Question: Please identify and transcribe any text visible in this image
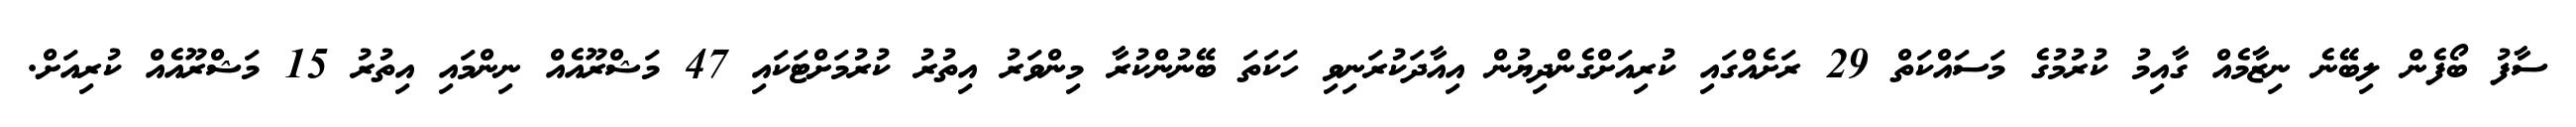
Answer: ސާފު ބޯފެން ލިބޭނެ ނިޒާމެއް ގާއިމު ކުރުމުގެ މަސައްކަތް 29 ރަށެއްގައި ކުރިއަށްގެންދިޔުން އިއާދަކުރަނިވި ހަކަތަ ބޭނުންކުރާ މިންވަރު އިތުރު ކުރުމަށްޓަކައި 47 މަޝްރޫއެއް ނިންމައި އިތުރު 15 މަޝްރޫއެއް ކުރިއަށް.